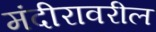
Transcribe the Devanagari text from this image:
मंदीरावरील